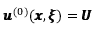
{ \pmb u } ^ { ( 0 ) } ( { \pmb x } , { \pmb \xi } ) = { \pmb U }